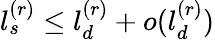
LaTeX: l_{s}^{(r)}\le l_{d}^{(r)}+o(l_{d}^{(r)})